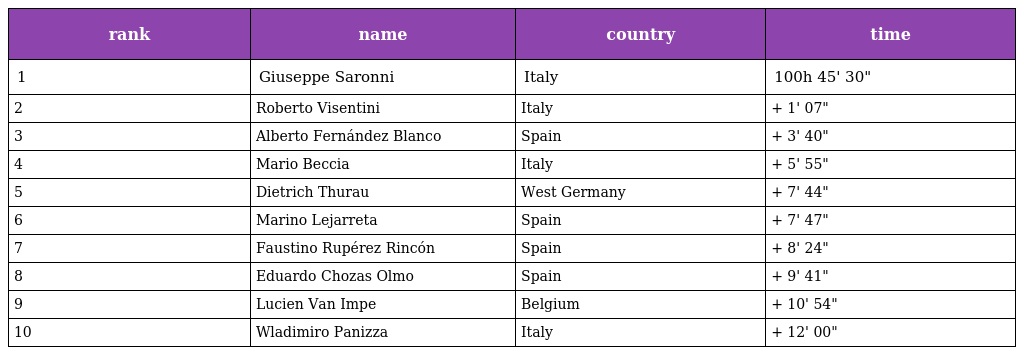
| rank | name | country | time |
 | --- | --- | --- | --- |
 | 1 | Giuseppe Saronni | Italy | 100h 45' 30" |
 | 2 | Roberto Visentini | Italy | + 1' 07" |
 | 3 | Alberto Fernández Blanco | Spain | + 3' 40" |
 | 4 | Mario Beccia | Italy | + 5' 55" |
 | 5 | Dietrich Thurau | West Germany | + 7' 44" |
 | 6 | Marino Lejarreta | Spain | + 7' 47" |
 | 7 | Faustino Rupérez Rincón | Spain | + 8' 24" |
 | 8 | Eduardo Chozas Olmo | Spain | + 9' 41" |
 | 9 | Lucien Van Impe | Belgium | + 10' 54" |
 | 10 | Wladimiro Panizza | Italy | + 12' 00" |